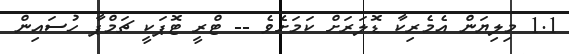
1.1 މިލިޔަން އެމެރިކާ ޑޮލަރަށް ކަމަށެވެ -- ޓްރީ ޓޮޕަކީ ޗަމްޕާ ހުސައިން